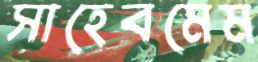
সাহেবমেম